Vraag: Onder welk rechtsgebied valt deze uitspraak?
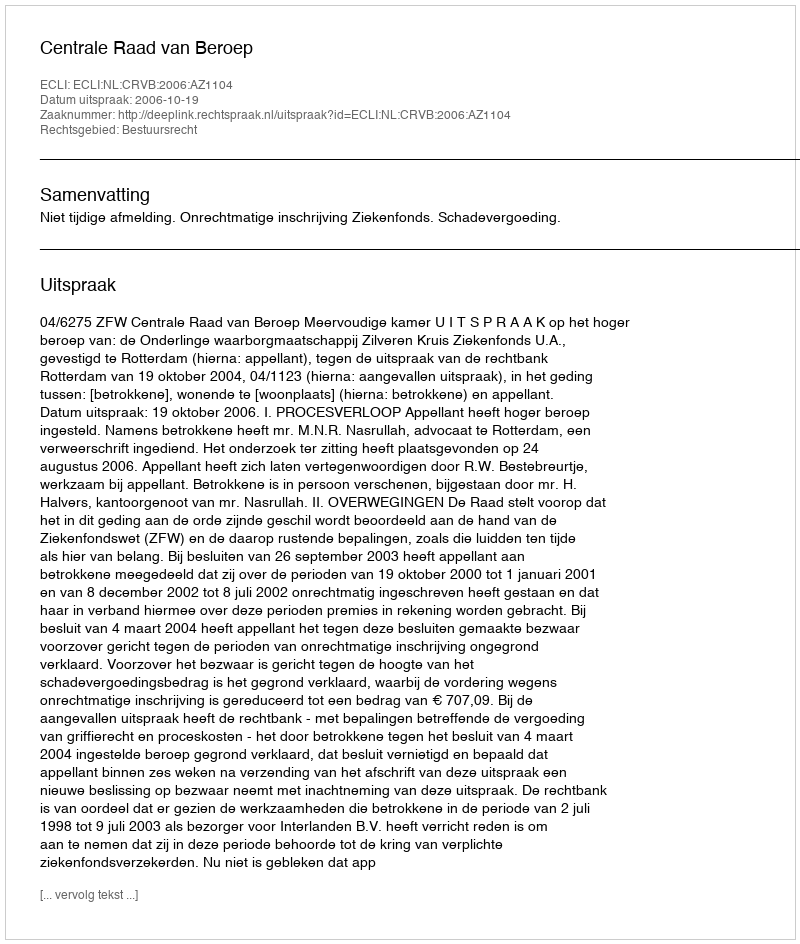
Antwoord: Bestuursrecht